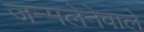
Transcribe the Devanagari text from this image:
जन्मलेनेवाले